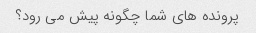
پرونده های شما چگونه پیش می رود؟